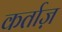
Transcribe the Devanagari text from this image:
कर्ताज़